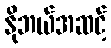
နိုဘယ်အဆင့်